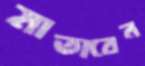
মাতাবেন